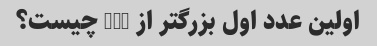
اولین عدد اول بزرگتر از 100 چیست؟